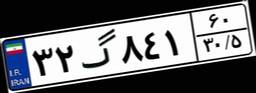
۳۲گ۸۴۱۶۰